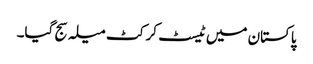
پاکستان میں ٹیسٹ کرکٹ میلہ سج گیا۔